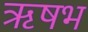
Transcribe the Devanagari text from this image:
ॠषभ